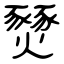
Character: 燹